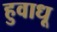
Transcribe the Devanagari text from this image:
हुवाधू